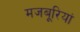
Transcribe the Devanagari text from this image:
मजबूरियां